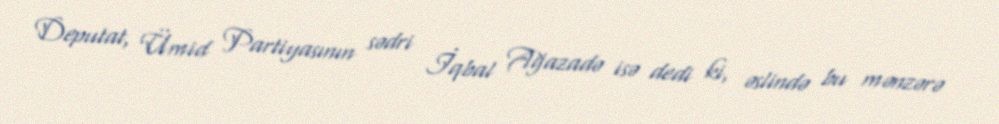
Deputat, Ümid Partiyasının sədri İqbal Ağazadə isə dedi ki, əslində bu mənzərə